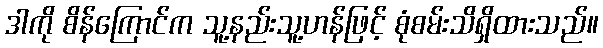
ဒါကို စိန်ကြောင်က သူ့နည်းသူ့ဟန်ဖြင့် စုံစမ်းသိရှိထားသည်။